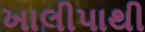
ખાલીપાથી